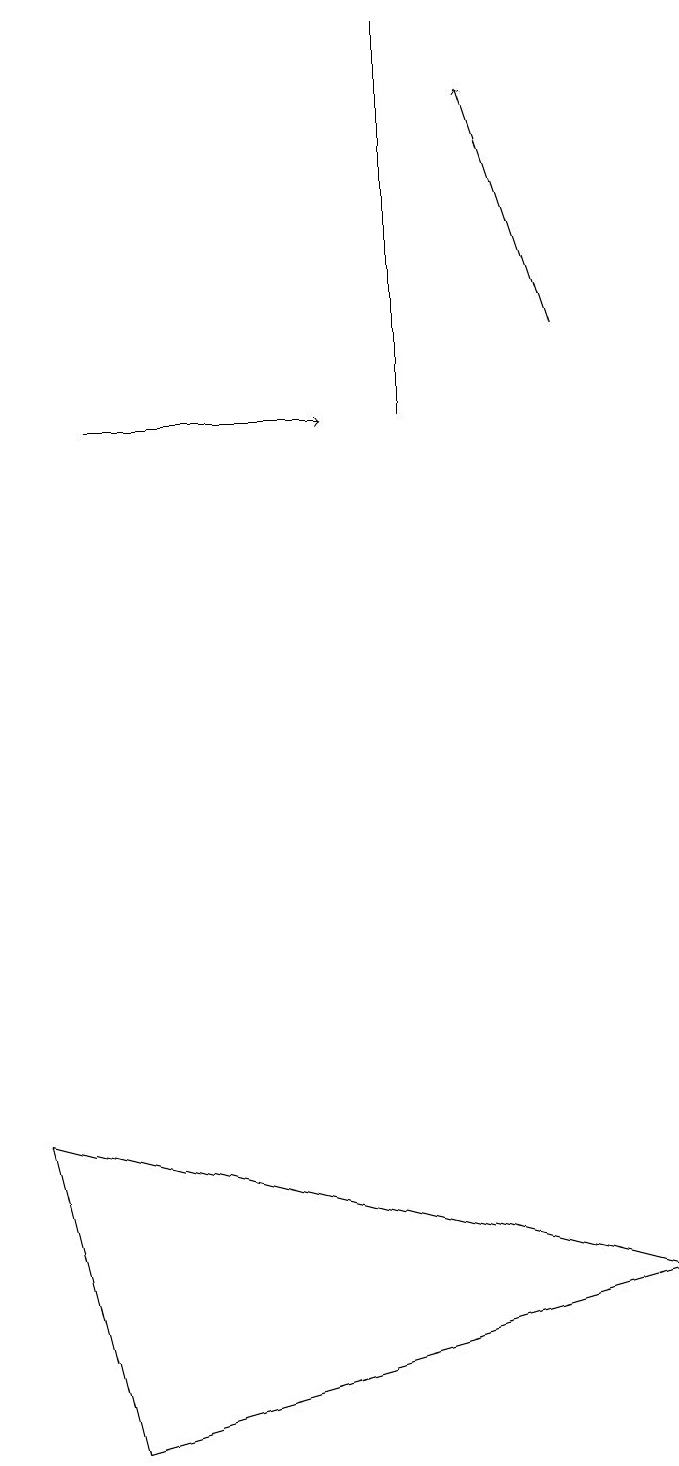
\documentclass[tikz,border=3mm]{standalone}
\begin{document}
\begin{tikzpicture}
\draw (5,13) rectangle (5,18);
\draw[->] (1,13) -- (4,13);
\draw[->] (7,14) -- (6,17);
\draw (1,0) -- (0,4) -- (8,2) -- cycle;
\draw (5,17) rectangle (5,16);
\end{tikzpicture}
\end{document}